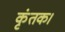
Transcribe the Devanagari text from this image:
कृंतक।